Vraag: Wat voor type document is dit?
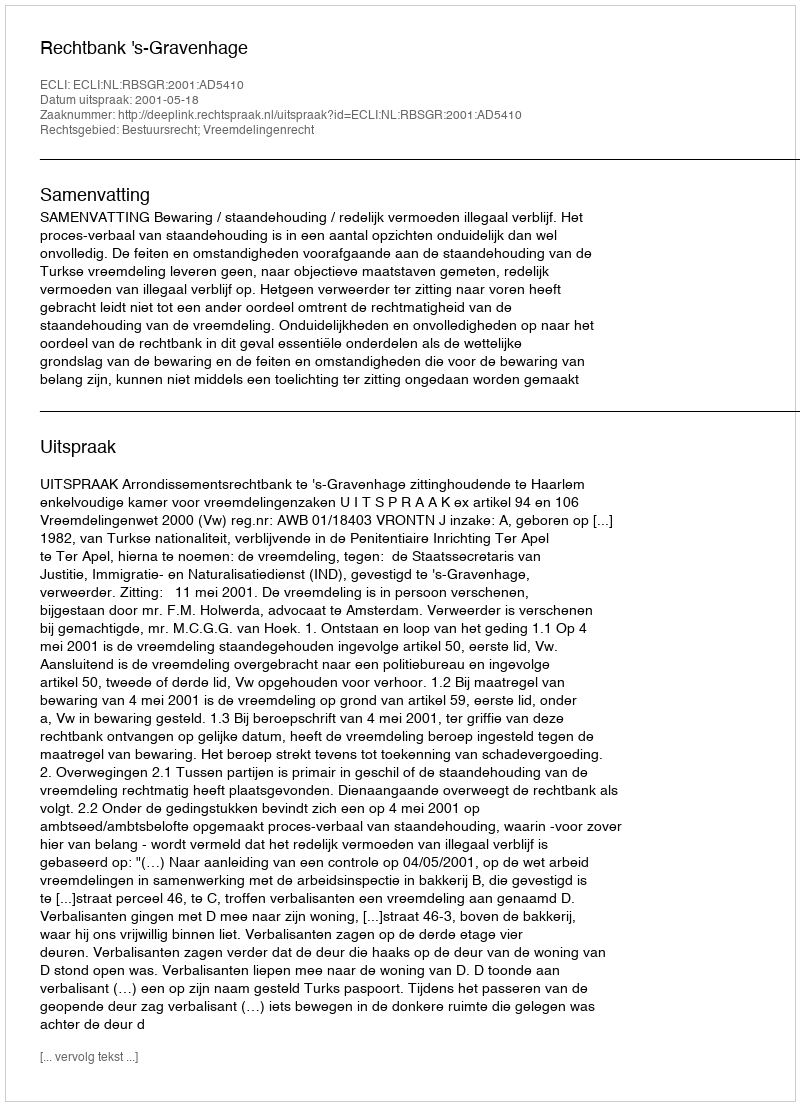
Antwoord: Uitspraak